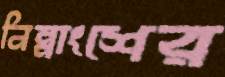
নিম্নাংশের